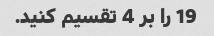
19 را بر 4 تقسیم کنید.